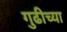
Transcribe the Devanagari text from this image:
गुढीच्या